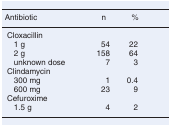
<table><thead><tr><td><b>Antibiotic</b></td><td><b>n</b></td><td><b>%</b></td></tr></thead><tbody><tr><td>Cloxacillin</td><td></td><td></td></tr><tr><td> 1 g</td><td>54</td><td>22</td></tr><tr><td> 2 g</td><td>158</td><td>64</td></tr><tr><td> unknown dose</td><td>7</td><td>3</td></tr><tr><td>Clindamycin</td><td></td><td></td></tr><tr><td> 300 mg</td><td>1</td><td>0.4</td></tr><tr><td> 600 mg</td><td>23</td><td>9</td></tr><tr><td>Cefuroxime</td><td></td><td></td></tr><tr><td> 1.5 g</td><td>4</td><td>2</td></tr></tbody></table>